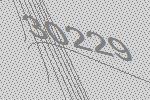
30229